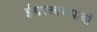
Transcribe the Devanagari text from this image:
ईश्वरस्वरूपाची